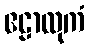
ဧဠာလုကံ